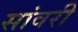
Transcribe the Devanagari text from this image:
सांवरी